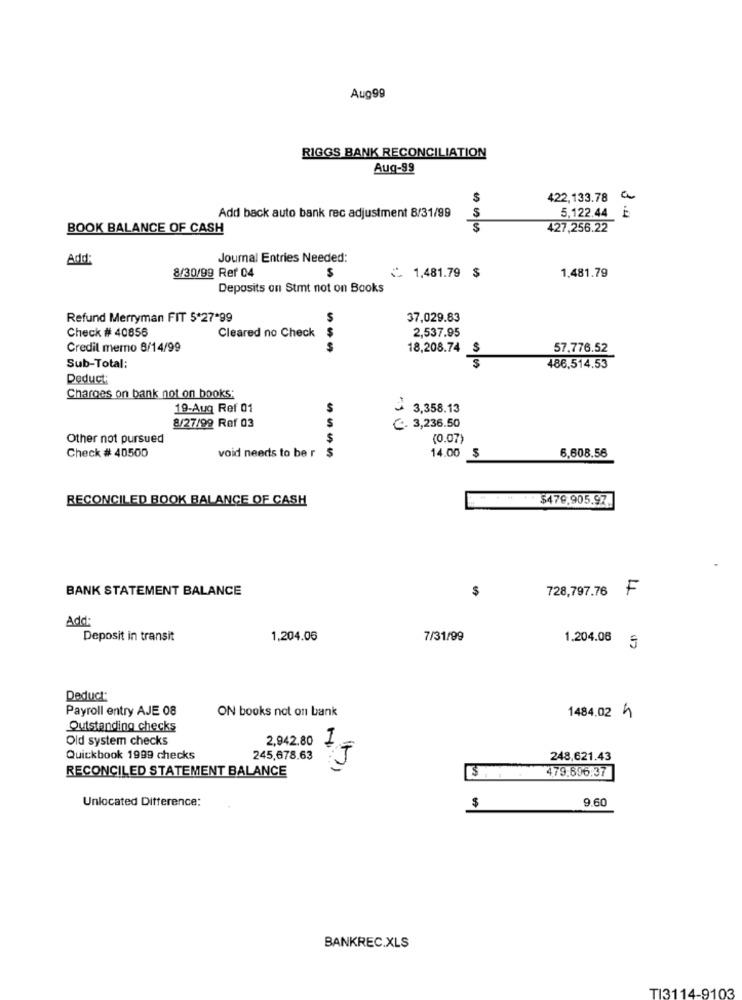
Aug99
RIGGS BANK RECONCILIATION
Aug-99
$
422,133.78 a
Add back auto bank rec adjustment 8/31/99
5,122.44 ₺
BOOK BALANCE OF CASH
S
427,256.22
Add
Journal Entries Needed:
8/30/99 Rer 04
S
1,481.79 $
1,481.79
Deposits on Stmt not on Books
Refund Merryman FIT 5*27*99
37,029.83
Check # 40856
Cleared no Check
2,537.95
$
Credit merno 8/14/99
18,208.74
57.776.52
Sub-Total:
486,514.53
Deduct
Charges on bank not on books:
19-Aug Ref 01
3 3,358.13
8/27/99 Rof 03
S
C. 3,236.50
Other not pursued
$
(0.07)
Check # 40500
void needs to be r $
14.00
6,608.56
$
RECONCILED BOOK BALANCE OF CASH
# # $479,905.97
BANK STATEMENT BALANCE
$
728,797.76
F
Add:
Deposit in transit
1.204.06
7/31/99
1.204.06 5
Deduct:
Payroll entry AJE 08
ON books not on bank
1484.02 5
Outstanding checks
Old system checks
2,942.80
1
Quickbook 1999 checks
245,678.63
248,621.43
RECONCILED STATEMENT BALANCE
479,696:37
Unlocated Difference:
$
9.60
BANKREC.XLS
TI3114-9103